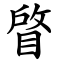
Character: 䁈